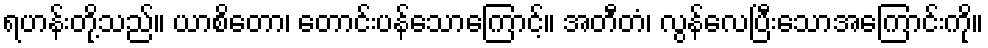
ရဟန်းတို့သည်။ ယာစိတော၊ တောင်းပန်သောကြောင့်။ အတီတံ၊ လွန်လေပြီးသောအကြောင်းကို။